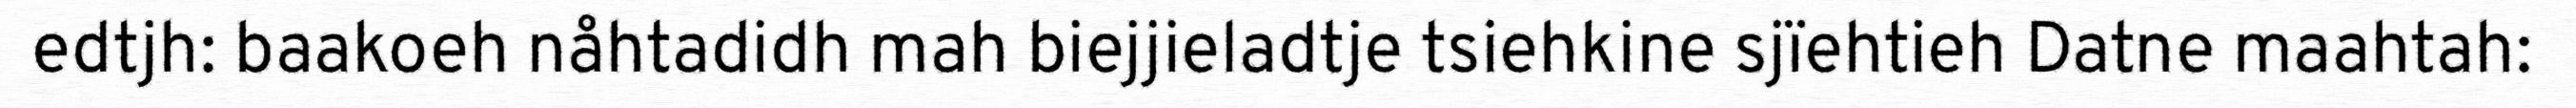
edtjh: baakoeh nåhtadidh mah biejjieladtje tsiehkine sjïehtieh Datne maahtah: